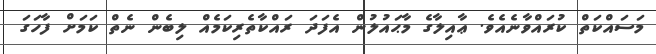
މަސައްކަތް ކުރައްވާނެއެވެ. ޢާއިލާގެ މާޙައުލުން އެފަދަ ރައްކާތެރިކަމެއް ލިބެން ނެތް ކަމަށް ފާހަގަ